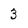
Character: 3